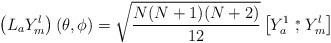
LaTeX: \begin{align*}\left(L_a{Y}^l_m\right)(\theta,\phi)=\sqrt{\frac{N(N+1)(N+2)}{12}}\left[{Y}^1_a \stackrel{*}{,}{ Y}^l_m\right]\end{align*}